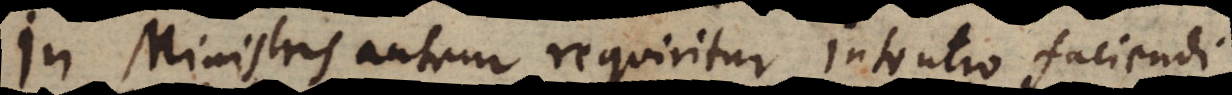
In Ministris autem requiritur intentio faciendi